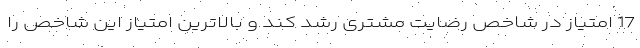
17 امتیاز در شاخص رضایت مشتری رشد کند و بالاترین امتیاز این شاخص را